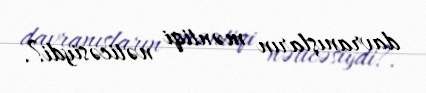
davranışların məntiqi nəticəsiydi?.